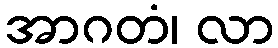
အာဂတံ၊ လာ